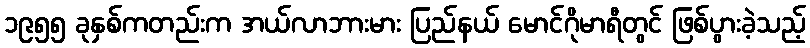
၁၉၅၅ ခုနှစ်ကတည်းက အယ်လာဘားမား ပြည်နယ် မောင်ဂိုမာရီတွင် ဖြစ်ပွားခဲ့သည့်